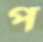
প